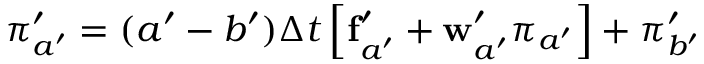
\boldsymbol { \pi } _ { a ^ { \prime } } ^ { \prime } = ( a ^ { \prime } - b ^ { \prime } ) \Delta t { } \left[ \mathbf { f } _ { a ^ { \prime } } ^ { \prime } + \mathbf { w } _ { a ^ { \prime } } ^ { \prime } \boldsymbol { \pi } _ { a ^ { \prime } } \right] + \boldsymbol { \pi } _ { b ^ { \prime } } ^ { \prime }